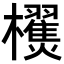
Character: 𣠜